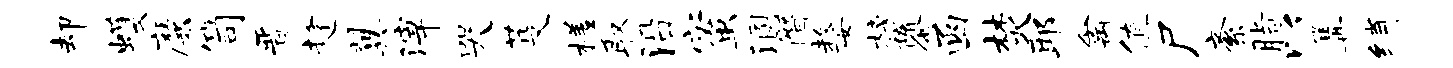
却蠖靡笥晋趁翼滓哭芟槎取沿蜜溷僭嫠榜隳函焚耶禽值尸紊脂以篝绡